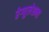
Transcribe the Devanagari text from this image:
रेग्युलेशन्स